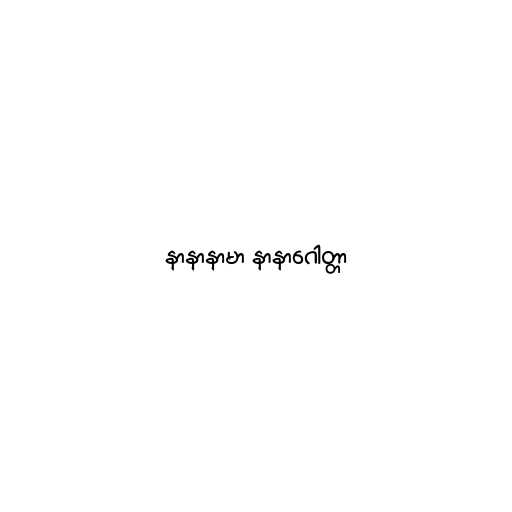
နာနာနာမာ နာနာဂေါတ္တာ